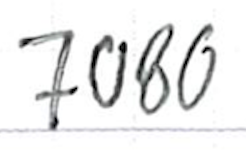
Text: 7080
Cross-out: clean
Writing tool: ballpoint